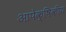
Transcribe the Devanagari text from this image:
आपेक्षिकीय